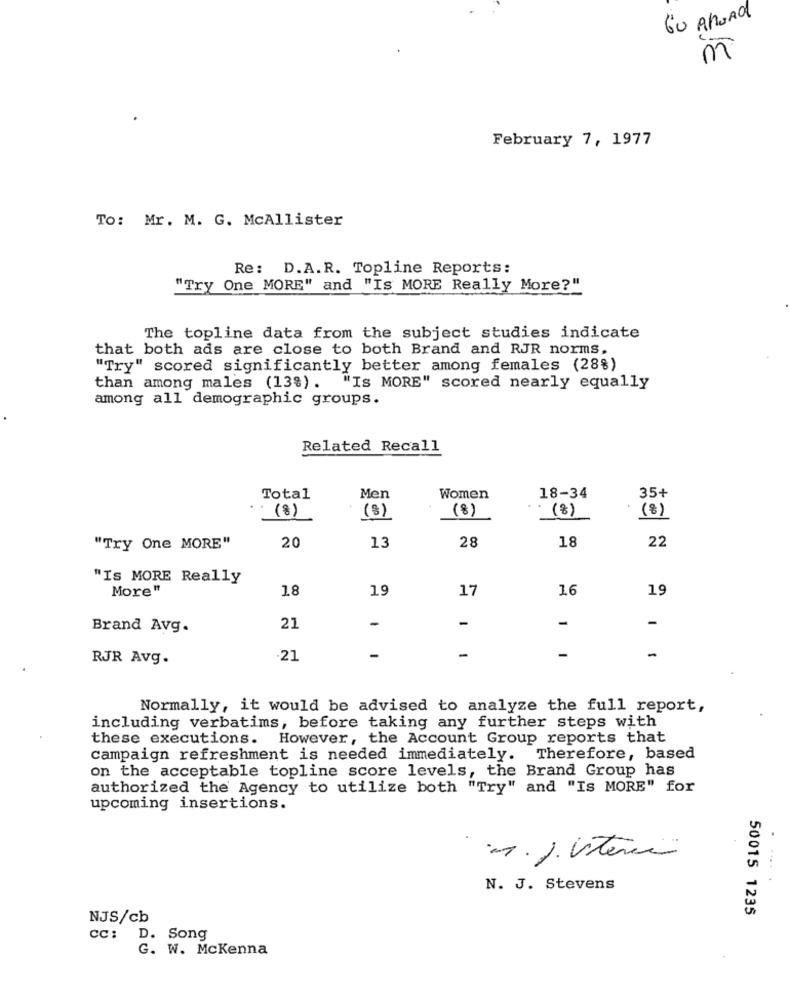
GU AnoAd
m
February 7, 1977
To: Mr. M. G. McAllister
Re: D.A.R. Topline Reports:
"Try One MORE" and "Is MORE Really More?"
The topline data from the subject studies indicate
that both ads are close to both Brand and RJR norms.
"Try" scored significantly better among females (28%)
than among males (13%). "Is MORE" scored nearly equally
among all demographic groups.
Related Recall
35+
Total
Men
Women
18-34
(8)
(8)
(8)
(8)
(8)
13
28
18
22
"Try One MORE"
20
"IS MORE Really
More"
18
19
17
16
19
-
-
-
-
Brand Avg.
21
RJR Avg.
21
-
-
-
-
Normally, it would be advised to analyze the full report,
including verbatims, before taking any further steps with
these executions. However, the Account Group reports that
campaign refreshment is needed immediately. Therefore, based
on the acceptable topline score levels, the Brand Group has
authorized the Agency to utilize both "Try" and "Is MORE" for
upcoming insertions.
N. J. Stevens
50015 1235
NJS/cb
CC:
D. Song
G. W. McKenna